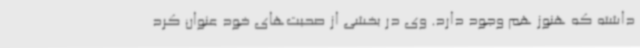
داشته که هنوز هم وجود دارد. وی در بخشی از صحبت‌های خود عنوان کرد